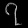
Digit: ၇